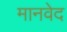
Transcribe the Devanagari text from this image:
मानवेद